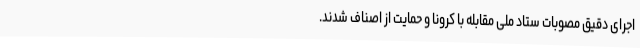
اجرای دقیق مصوبات ستاد ملی مقابله با کرونا و حمایت از اصناف شدند.